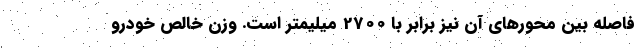
فاصله بین محورهای آن نیز برابر با 2700 میلیمتر است. وزن خالص خودرو